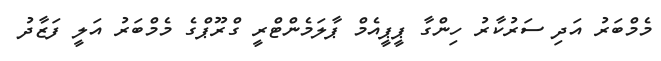
މެމްބަރު އަދި ސަރުކާރު ހިންގާ ޕީޕީއެމް ޕާލަމެންޓްރީ ގްރޫޕްގެ މެމްބަރު އަލީ ފަޒާދު